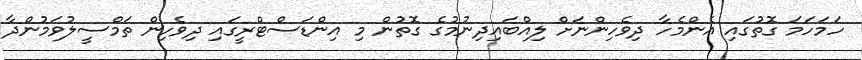
ހަމަހަމަ ގޮތުގައި އެންމެހާ ދިވެހިންނަށް ލިއްބައިދިނުމުގެ ގޮތުން މި އިންޑަސްޓްރީގައި ދިވެހިން ތަމްސީލުވަމުންދާ